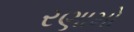
રણામો